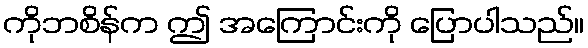
ကိုဘစိန်က ဤ အကြောင်းကို ပြောပါသည်။